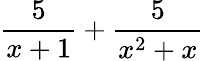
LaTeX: \frac{5}{x+1}+\frac{5}{x^{2}+x}